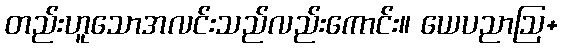
တည်းဟူသောအလင်းသည်လည်းကောင်း။ ယေပညာဩ+